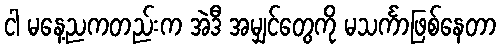
ငါ မနေ့ညကတည်းက အဲဒီ အမျှင်တွေကို မသင်္ကာဖြစ်နေတာ